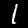
Digit: 1